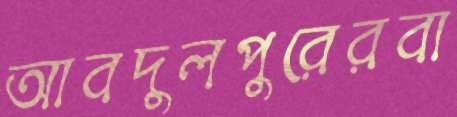
আবদুলপুরেরবা